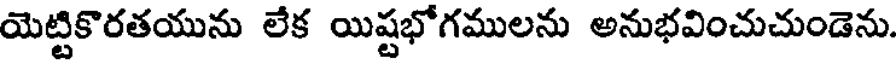
యెట్టికొరతయును లేక యిష్టభోగములను అనుభవించుచుండెను.